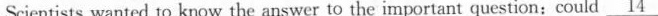
Scientists wanted to know the answer to the important question: could